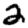
Digit: 2